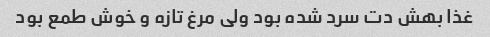
غذا بهش دت سرد شده بود ولی مرغ تازه و خوش طمع بود